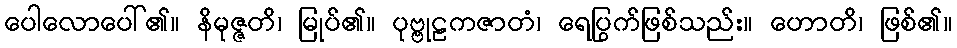
ပေါလောပေါ်၏။ နိမုဇ္ဇတိ၊ မြုပ်၏။ ပုဗ္ဗုဠကဇာတံ၊ ရေပြွက်ဖြစ်သည်း။ ဟောတိ၊ ဖြစ်၏။